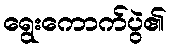
ရွေးကောက်ပွဲ၏